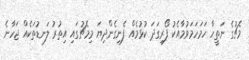
މެޗުގެ ނަތީހާ ހަމަހަމަވުމާއެކު ފޯރިގަދަ ކުޅުމެއް ފެނިގެންދިޔަ މިމެޗުގައި އިތުރު ލަނޑުތަކެއް ޖަހާނެ